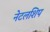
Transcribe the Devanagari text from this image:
नेटलशिप